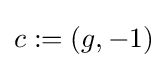
c:=(g,-1)